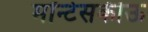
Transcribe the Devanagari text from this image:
मॉन्टेसकीऊ